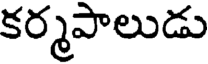
కర్మపాలుడు